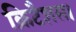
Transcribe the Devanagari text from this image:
क्रिटैशस।